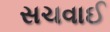
સચવાઈ